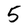
Character: 5